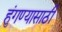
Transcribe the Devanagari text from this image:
हुंगण्यासाठी